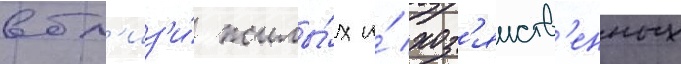
вбл'из'и́ жилы́х и́ хоз'яиств'енных